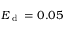
E _ { \textrm { d } } = 0 . 0 5